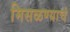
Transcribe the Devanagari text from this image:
मिसळण्याचं